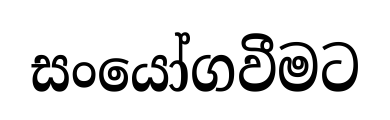
සංයෝගවීමට